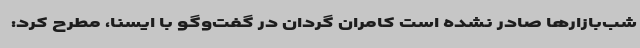
شب‌بازارها صادر نشده است کامران گردان در گفت‌وگو با ایسنا، مطرح کرد: